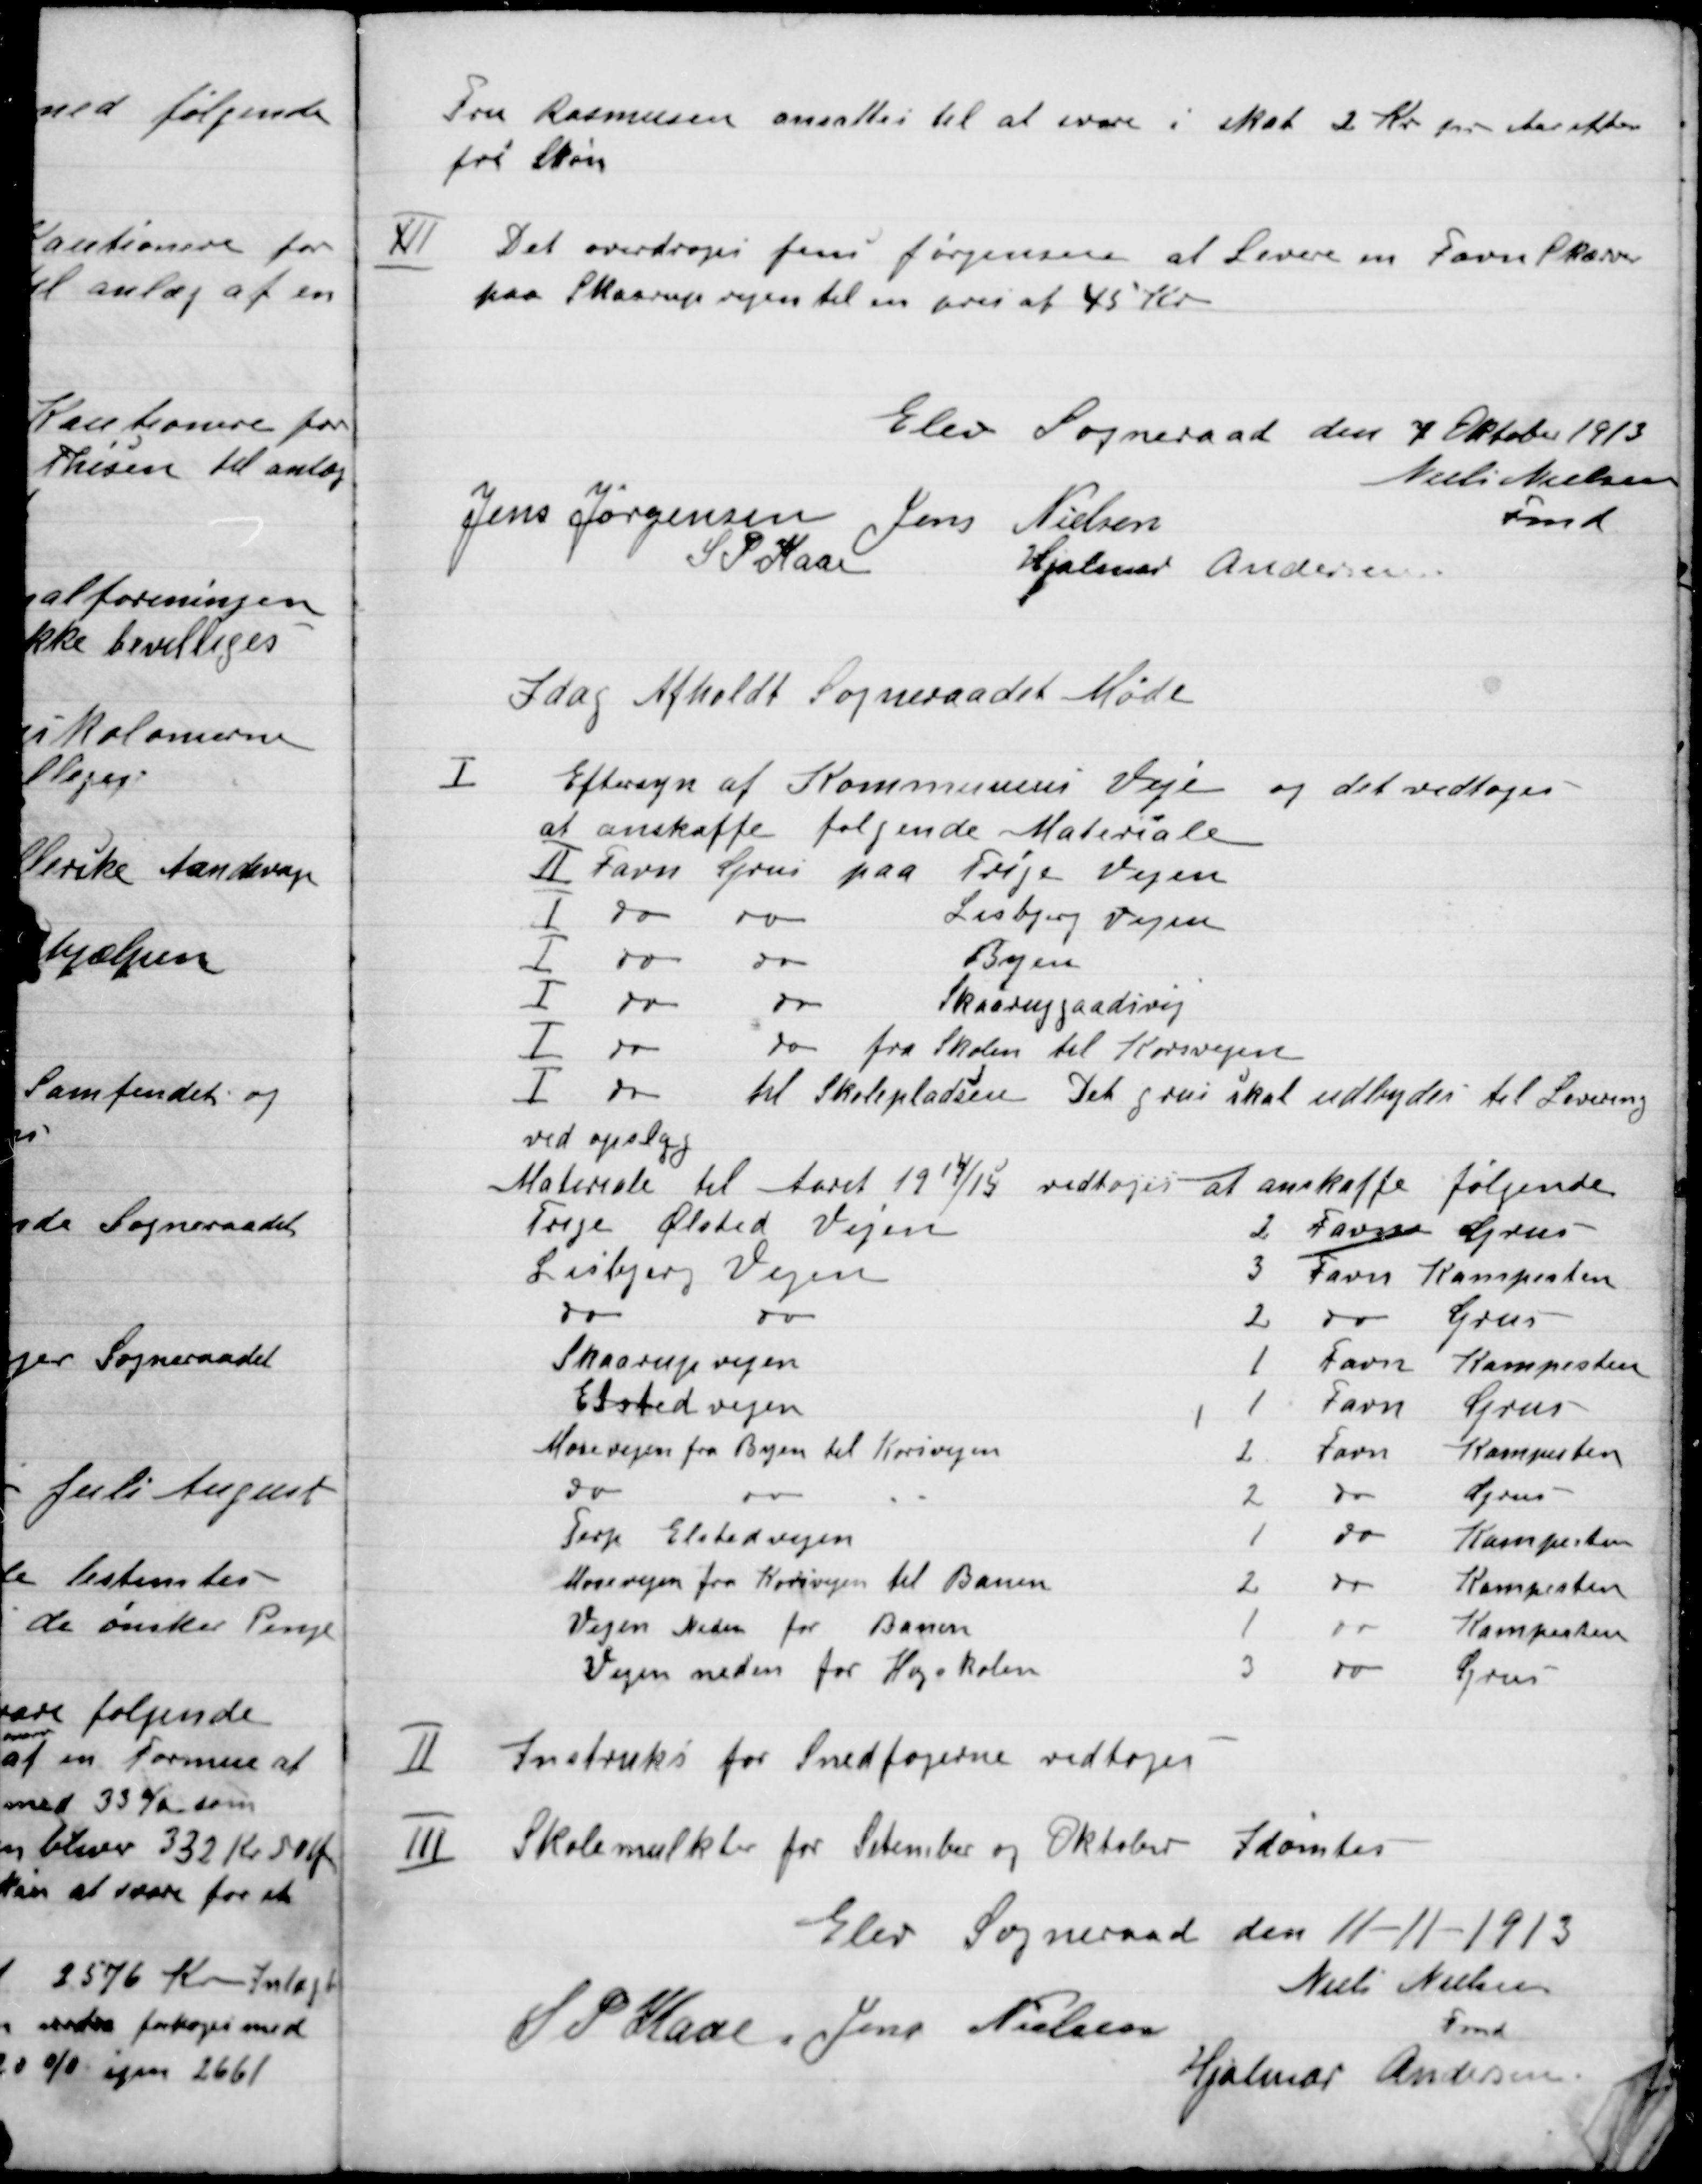
Transskription:
Fru Rasmussen ansættes til at svare i Skat 2 Kr. pr. Aar efter
fri skøn.

XII

Det overdroges Jens Jørgensen at Levere en Favn Skærver
paa Skaaruup vejen til en pris af 45 Kr.

Elev Sogneraad den 7 Oktober 1913

Niels Nielsen
Fmd.
Jens Jørgensen
Jens Nielsen
S. P. Kaas
Hjalmar Andersen

I dag Afholdt Sogneraadet Møde

I

Eftersyn af Kommunens Veje og det vedtoges
at anskaffe følgende Materiale:
II Favn Grus paa Trige Vejen 
I do
do
Lisbjerg Vejen
I do
do
Byen
I do
do
Skaarupgaardsvej
I 	do
do
fra Skolen til Korsvejen
I do
til Skolepladsen
Det grus skal udbydes til Levering
ved opslag

II

Instruks for Snedfogerne vedtoges

Skolemulkter for September og Oktober Idømtes

III

Elev Sogneraad den 11-11-1913

Niels Nielsen
Fmd
S. P. Kaas
Jens Nielsen
Hjalmar Andersen